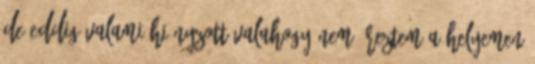
de eddig valami hiányzott valahogy nem éreztem a helyemen